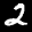
Label: 2